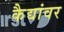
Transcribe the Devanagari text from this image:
कैद्यांवर